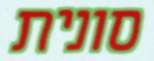
סונית